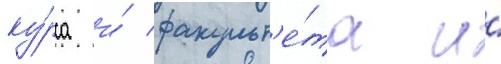
ку́рса и́ факульт'е́та и́